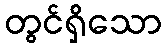
တွင်ရှိသော